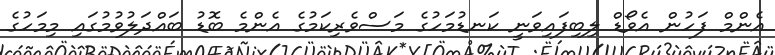
އެންމް ފަހުން އެވޯޑް ލިބިފައިވަނީ ކަނޑުމަހުގެ މަސްވެރިކަމުގެ އެންމެ ބޮޑު ބައްދަލުވުމުގައި މިމަހުގެ